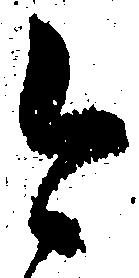
今